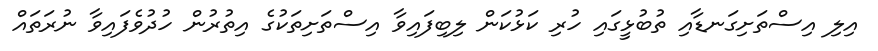
އިލި އިސްތަށިގަނޑާއި ތުބުޅީގައި ހުރި ކަޅުކަން ލިބިފައިވާ އިސްތަށިތަކުގެ އިތުރުން ހުދުވެފައިވާ ނުރަތައް